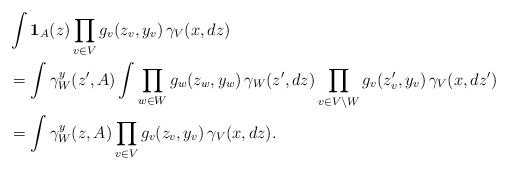
\begin{align*}&\int \mathbf{1}_A(z)\prod_{v\in V}g_v(z_v,y_v)\,\gamma_V(x,dz) \\&=\int \gamma_W^y(z',A)\int\prod_{w\in W}g_w(z_w,y_w)\,\gamma_W(z',dz)\prod_{v\in V\backslash W}g_v(z_v',y_v)\,\gamma_V(x,dz') \\&=\int \gamma_W^y(z,A)\prod_{v\in V}g_v(z_v,y_v)\,\gamma_V(x,dz).\end{align*}